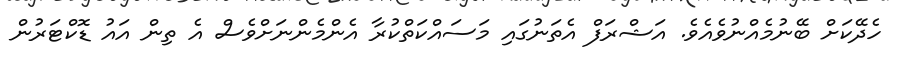
ހެދޭކަށް ބޭނުމެއްނުވެއެވެ. އަޝްރަފް އެތަނުގައި މަސައްކަތްކުރާ އެންމެންނަށްވެސް އެ ތިން އައު ޑޮކްޓަރުން